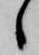
々